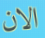
الان